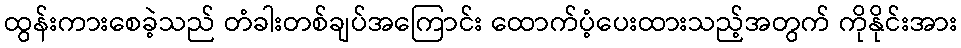
ထွန်းကားစေခဲ့သည် တံခါးတစ်ချပ်အကြောင်း ထောက်ပံ့ပေးထားသည့်အတွက် ကိုနိုင်းအား